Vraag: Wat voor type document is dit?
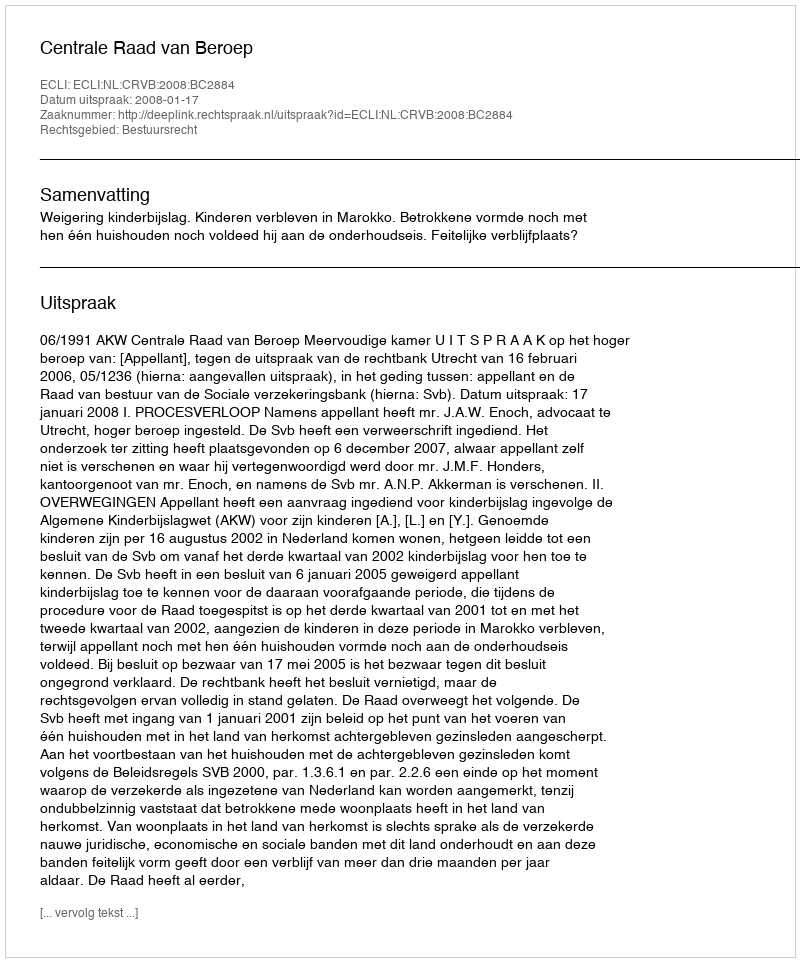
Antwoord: Uitspraak